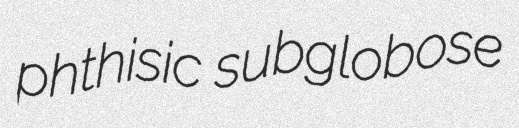
phthisic subglobose